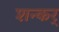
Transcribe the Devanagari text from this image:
शन्कर्